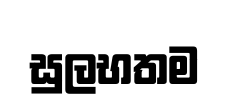
සුලභතම